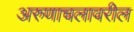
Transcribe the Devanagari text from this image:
अरुणाचलावरील